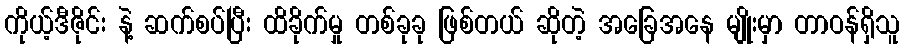
ကိုယ့်ဒီဇိုင်း နဲ့ ဆက်စပ်ပြီး ထိခိုက်မှု တစ်ခုခု ဖြစ်တယ် ဆိုတဲ့ အခြေအနေ မျိုးမှာ တာဝန်ရှိသူ